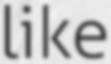
like